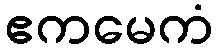
ဧကမေကံ